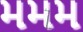
મમમ